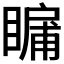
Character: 𭿛